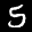
Label: 5